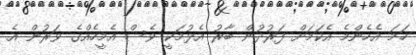
ހަމަ އެހެންމެ އެކަމަށް ފަރުދުން ބާރު އެޅުމަކީ ވެސް އެމީހެއްގެ ވަރުން އެ